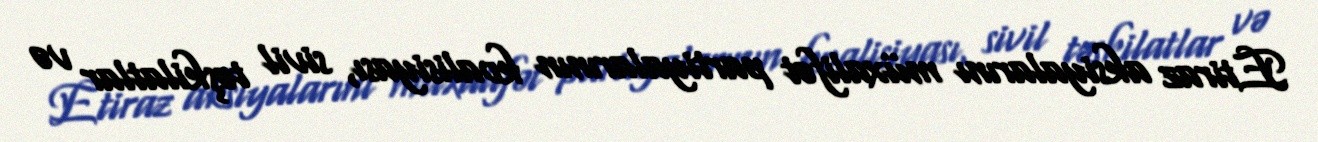
Etiraz aksiyalarını müxalifət partiyalarının koalisiyası, sivil təşkilatlar və